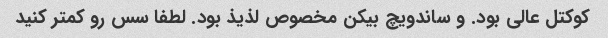
کوکتل عالی بود. و ساندویچ بیکن مخصوص لذیذ بود. لطفا سس رو کمتر کنید